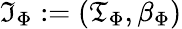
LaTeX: {\mathfrak{I}}_{\Phi}:=({\mathfrak{T}}_{\Phi},\beta_{\Phi})